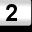
Digit: 2